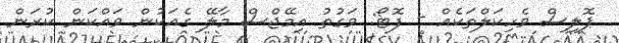
ޕޮލިސް ވެހިކަލްތަކެއް - ފޮޓޯ: ވަގުތު އިމޭޖްސް މާލޭ ގެއަކުން ވައްކަން ކުރަން